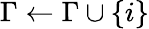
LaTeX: \Gamma\leftarrow\Gamma\cup\{ i\}